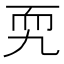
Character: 𦓑